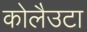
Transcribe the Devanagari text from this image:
कोलैउटा